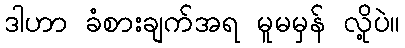
ဒါဟာ ခံစားချက်အရ မူမမှန် လို့ပဲ။